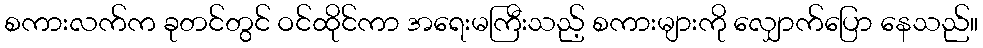
စကားလက်က ခုတင်တွင် ဝင်ထိုင်ကာ အရေးမကြီးသည့် စကားများကို လျှောက်ပြော နေသည်။